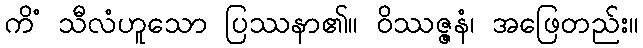
ကိံ သီလံဟူသော ပြဿနာ၏။ ဝိဿဇ္ဇနံ၊ အဖြေတည်း။